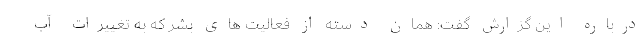
درباره این گزارش گفت: همان دسته از فعالیت های بشر که به تغییرات آب